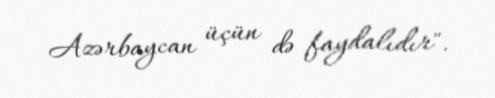
Azərbaycan üçün də faydalıdır".